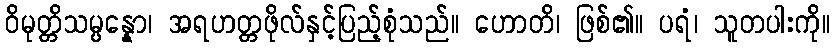
ဝိမုတ္တိသမ္ပန္နော၊ အရဟတ္တဖိုလ်နှင့်ပြည့်စုံသည်။ ဟောတိ၊ ဖြစ်၏။ ပရံ၊ သူတပါးကို။